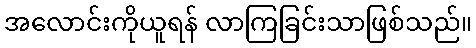
အလောင်းကိုယူရန် လာကြခြင်းသာဖြစ်သည်။